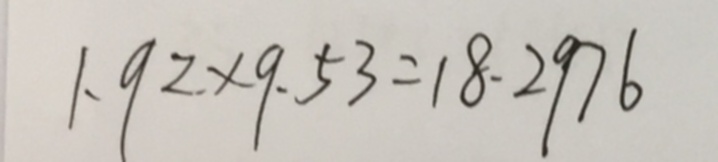
1 . 9 2 \times 9 . 5 3 = 1 8 . 2 9 7 6